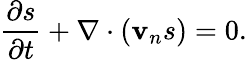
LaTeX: \frac{\partial s}{\partial t}+\nabla\cdot({\mathbf v}_{n}s)=0.